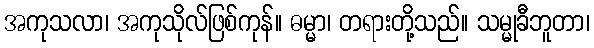
အကုသလာ၊ အကုသိုလ်ဖြစ်ကုန်။ ဓမ္မာ၊ တရားတို့သည်။ သမ္မုခီဘူတာ၊